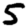
Digit: 5